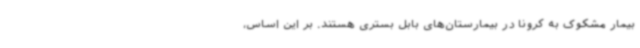
بیمار مشکوک به کرونا در بیمارستان‌های بابل بستری هستند. بر این اساس،